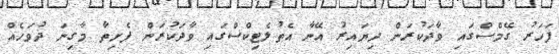
ފަހަރު ގޭމްސްގައި ވާދަކުރަން ދިޔައިރު އޭނާ އެތުލެޓިކްސްގައި ވާދަކުރަން ފެށިތާ މާގިނަ ދުވަހެއް